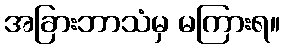
အခြားဘာသံမှ မကြားရ။